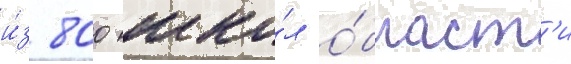
и́з 800 шко́л о́бласт'и